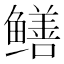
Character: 鳝